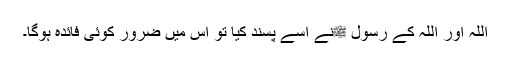
اللہ اور اللہ کے رسول ﷺنے اسے پسند کیا تو اس میں ضرور کوئی فائدہ ہوگا۔